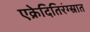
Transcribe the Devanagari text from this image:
एक्रेदितिरंग्स्रात